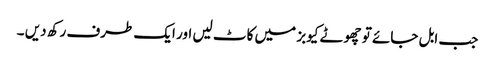
جب ابل جائے تو چھوٹے کیوبز میں کاٹ لیں اور ایک طرف رکھ دیں ۔